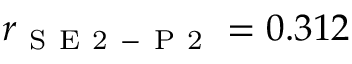
r _ { \mathrm { ~ S ~ E ~ 2 ~ - ~ P ~ 2 ~ } } = 0 . 3 1 2